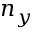
n _ { y }